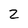
Character: 2